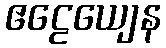
ဧဠေယျေန